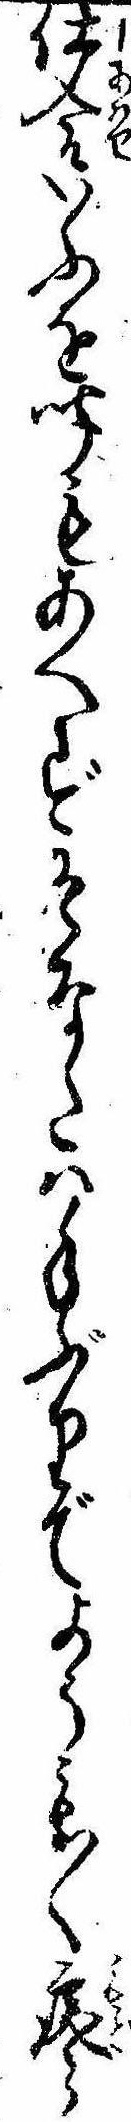
仕合いふを聞もあへずそなたは手ぶりでようも〱戻ら